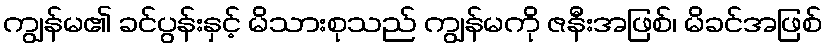
ကျွန်မ၏ ခင်ပွန်းနှင့် မိသားစုသည် ကျွန်မကို ဇနီးအဖြစ်၊ မိခင်အဖြစ်